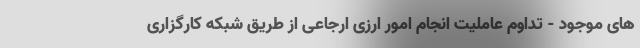
های موجود - تداوم عاملیت انجام امور ارزی ارجاعی از طریق شبکه کارگزاری